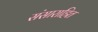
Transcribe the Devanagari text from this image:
संसाराहित